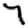
Digit: 7